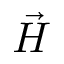
\vec { H }